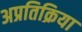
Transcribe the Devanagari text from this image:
अप्रतिक्रिया